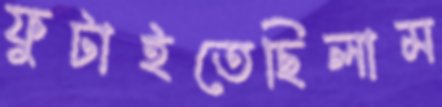
ফুটাইতেছিলাম